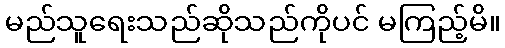
မည်သူရေးသည်ဆိုသည်ကိုပင် မကြည့်မိ။